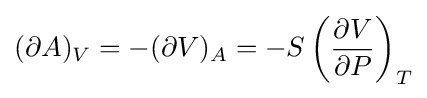
(\partial A)_{V}=-(\partial V)_{A}=-S\left({\frac {\partial V}{\partial P}}\right)_{T}